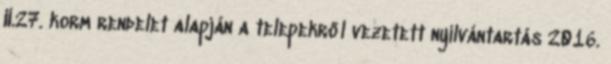
II.27. korm rendelet alapján a telepekről vezetett nyilvántartás 2016.